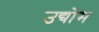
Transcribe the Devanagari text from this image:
उद्योम